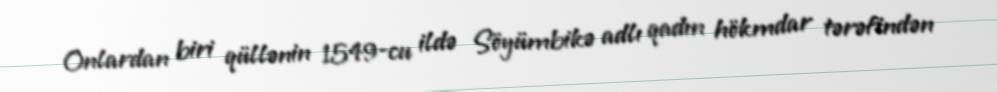
Onlardan biri qüllənin 1549-cu ildə Söyümbikə adlı qadın hökmdar tərəfindən